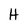
Character: H